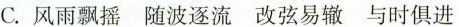
C. 风雨飘摇 随波逐流 改弦易辙 与时俱进